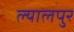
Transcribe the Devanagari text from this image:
ल्यालपुर